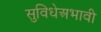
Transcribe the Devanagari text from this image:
सुविधेअभावी